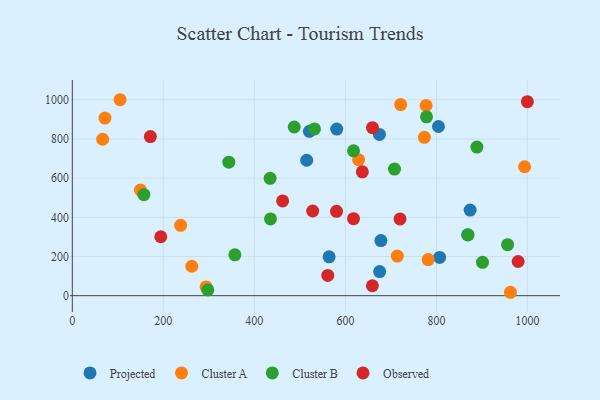
{"axis": {"x": "Investment", "y": "Sales"}, "legend": ["Cluster A", "Cluster B", "Observed", "Projected"], "data": [{"x": "564.2", "y": 198.4, "type": "Projected"}, {"x": "521.0", "y": 839.0, "type": "Projected"}, {"x": "678.1", "y": 281.5, "type": "Projected"}, {"x": "581.0", "y": 850.2, "type": "Projected"}, {"x": "674.8", "y": 823.1, "type": "Projected"}, {"x": "515.0", "y": 691.2, "type": "Projected"}, {"x": "804.5", "y": 863.3, "type": "Projected"}, {"x": "675.3", "y": 122.9, "type": "Projected"}, {"x": "874.1", "y": 436.7, "type": "Projected"}, {"x": "868.6", "y": 310.9, "type": "Projected"}, {"x": "807.1", "y": 195.1, "type": "Projected"}, {"x": "962.7", "y": 17.5, "type": "Cluster A"}, {"x": "714.1", "y": 202.2, "type": "Cluster A"}, {"x": "721.5", "y": 975.4, "type": "Cluster A"}, {"x": "777.4", "y": 970.5, "type": "Cluster A"}, {"x": "149.7", "y": 538.8, "type": "Cluster A"}, {"x": "781.9", "y": 184.2, "type": "Cluster A"}, {"x": "71.8", "y": 906.5, "type": "Cluster A"}, {"x": "262.6", "y": 150.4, "type": "Cluster A"}, {"x": "993.8", "y": 658.1, "type": "Cluster A"}, {"x": "238.0", "y": 359.1, "type": "Cluster A"}, {"x": "293.9", "y": 44.7, "type": "Cluster A"}, {"x": "629.1", "y": 694.1, "type": "Cluster A"}, {"x": "773.6", "y": 808.1, "type": "Cluster A"}, {"x": "66.6", "y": 798.3, "type": "Cluster A"}, {"x": "105.0", "y": 1000.0, "type": "Cluster A"}, {"x": "707.9", "y": 646.0, "type": "Cluster B"}, {"x": "343.9", "y": 681.1, "type": "Cluster B"}, {"x": "869.6", "y": 310.3, "type": "Cluster B"}, {"x": "532.1", "y": 850.9, "type": "Cluster B"}, {"x": "901.3", "y": 170.5, "type": "Cluster B"}, {"x": "297.7", "y": 29.3, "type": "Cluster B"}, {"x": "157.3", "y": 515.3, "type": "Cluster B"}, {"x": "956.4", "y": 260.3, "type": "Cluster B"}, {"x": "617.9", "y": 739.2, "type": "Cluster B"}, {"x": "889.0", "y": 758.6, "type": "Cluster B"}, {"x": "434.6", "y": 599.0, "type": "Cluster B"}, {"x": "778.3", "y": 912.6, "type": "Cluster B"}, {"x": "357.2", "y": 208.7, "type": "Cluster B"}, {"x": "435.5", "y": 392.0, "type": "Cluster B"}, {"x": "487.6", "y": 860.8, "type": "Cluster B"}, {"x": "617.9", "y": 392.9, "type": "Observed"}, {"x": "979.6", "y": 174.6, "type": "Observed"}, {"x": "659.6", "y": 857.6, "type": "Observed"}, {"x": "720.1", "y": 391.9, "type": "Observed"}, {"x": "637.3", "y": 632.3, "type": "Observed"}, {"x": "561.3", "y": 103.6, "type": "Observed"}, {"x": "580.6", "y": 430.3, "type": "Observed"}, {"x": "528.2", "y": 432.3, "type": "Observed"}, {"x": "194.4", "y": 300.9, "type": "Observed"}, {"x": "999.9", "y": 989.9, "type": "Observed"}, {"x": "462.1", "y": 483.4, "type": "Observed"}, {"x": "659.3", "y": 50.8, "type": "Observed"}, {"x": "171.5", "y": 812.2, "type": "Observed"}]}